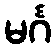
မင်္ဂ